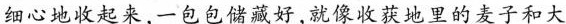
细心地收起来，一包包储藏好，就像收获地里的麦子和大